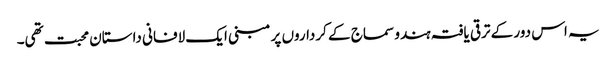
یہ اس دور کے ترقی یافتہ ہندو سماج کے کرداروں پر مبنی ایک لافانی داستان محبت تھی۔